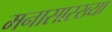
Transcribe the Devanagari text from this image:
मनासारख्या